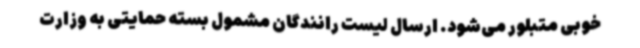
خوبی متبلور می‌شود. ارسال لیست رانندگان مشمول بسته حمایتی به وزارت